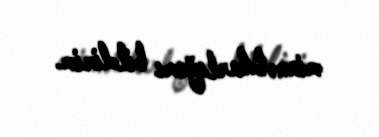
minnətdarlığımı bildirim.